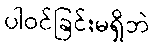
ပါဝင်ခြင်းမရှိဘဲ